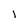
Character: 1